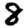
Digit: 8